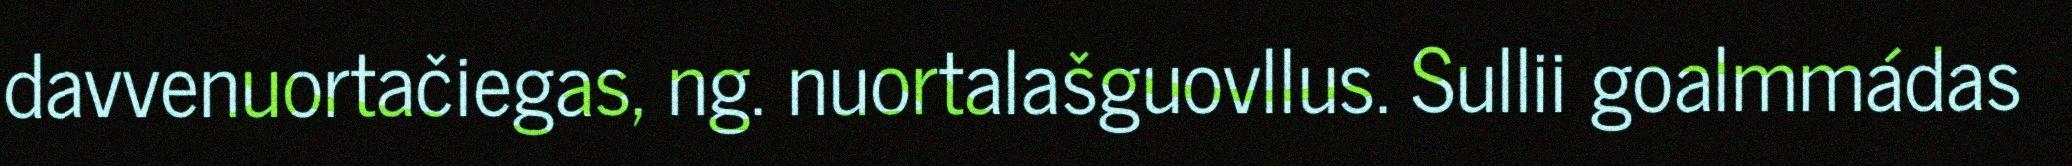
davvenuortačiegas, ng. nuortalašguovllus. Sullii goalmmádas